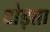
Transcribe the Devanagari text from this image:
दोड़ता